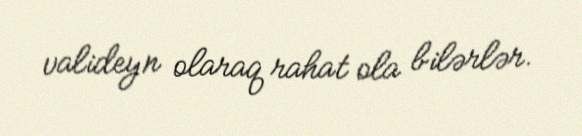
valideyn olaraq rahat ola bilərlər.